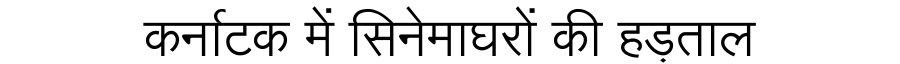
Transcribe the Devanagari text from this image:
कर्नाटक में सिनेमाघरों की हड़ताल